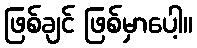
ဖြစ်ချင် ဖြစ်မှာပေါ့။